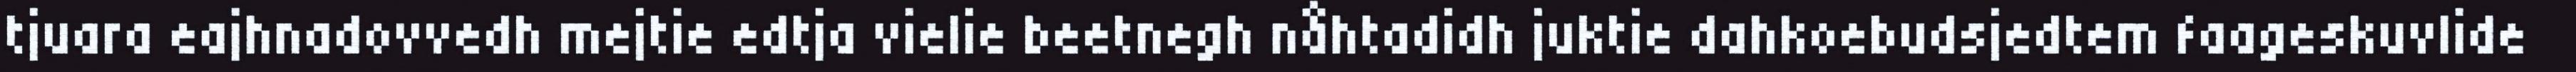
tjuara eajhnadovvedh mejtie edtja vielie beetnegh nåhtadidh juktie dahkoebudsjedtem faageskuvlide